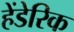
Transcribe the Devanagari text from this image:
हेंडेरिक